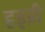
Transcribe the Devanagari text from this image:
हड्‍डी